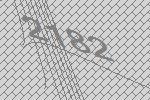
2182